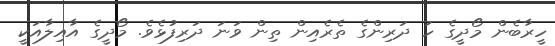
ހީރާބެން މޯދީގެ ހަ ދަރިންގެ ތެރެއިން ތިން ވަނަ ދަރިފުޅެވެ. މޯދީގެ އާއިލާއަކީ